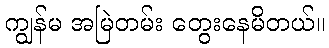
ကျွန်မ အမြဲတမ်း တွေးနေမိတယ်။